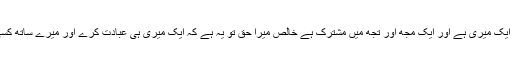
ایک چیز تو تیری ہے ایک میری ہے اور ایک مجھ اور تجھ میں مشترک ہے خالص میرا حق تو یہ ہے کہ ایک میری ہی عبادت کرے اور میرے ساتھ کسی کو شریک نہ کرے۔